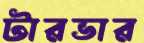
টারভার